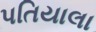
પતિયાલા